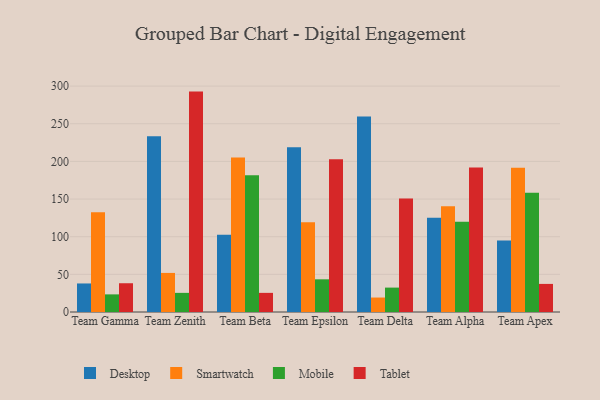
{"axis": {"x": "Team", "y": "Shipments"}, "legend": ["Desktop", "Mobile", "Smartwatch", "Tablet"], "data": [{"x": "Team Gamma", "y": 37.9, "type": "Desktop"}, {"x": "Team Gamma", "y": 132.4, "type": "Smartwatch"}, {"x": "Team Gamma", "y": 23.4, "type": "Mobile"}, {"x": "Team Gamma", "y": 38.2, "type": "Tablet"}, {"x": "Team Zenith", "y": 233.5, "type": "Desktop"}, {"x": "Team Zenith", "y": 51.9, "type": "Smartwatch"}, {"x": "Team Zenith", "y": 25.4, "type": "Mobile"}, {"x": "Team Zenith", "y": 292.7, "type": "Tablet"}, {"x": "Team Beta", "y": 102.5, "type": "Desktop"}, {"x": "Team Beta", "y": 205.3, "type": "Smartwatch"}, {"x": "Team Beta", "y": 181.7, "type": "Mobile"}, {"x": "Team Beta", "y": 25.4, "type": "Tablet"}, {"x": "Team Epsilon", "y": 218.8, "type": "Desktop"}, {"x": "Team Epsilon", "y": 119.2, "type": "Smartwatch"}, {"x": "Team Epsilon", "y": 43.4, "type": "Mobile"}, {"x": "Team Epsilon", "y": 202.8, "type": "Tablet"}, {"x": "Team Delta", "y": 259.5, "type": "Desktop"}, {"x": "Team Delta", "y": 19.2, "type": "Smartwatch"}, {"x": "Team Delta", "y": 32.4, "type": "Mobile"}, {"x": "Team Delta", "y": 150.7, "type": "Tablet"}, {"x": "Team Alpha", "y": 125.3, "type": "Desktop"}, {"x": "Team Alpha", "y": 140.3, "type": "Smartwatch"}, {"x": "Team Alpha", "y": 119.9, "type": "Mobile"}, {"x": "Team Alpha", "y": 192.0, "type": "Tablet"}, {"x": "Team Apex", "y": 94.9, "type": "Desktop"}, {"x": "Team Apex", "y": 191.6, "type": "Smartwatch"}, {"x": "Team Apex", "y": 158.3, "type": "Mobile"}, {"x": "Team Apex", "y": 37.3, "type": "Tablet"}]}